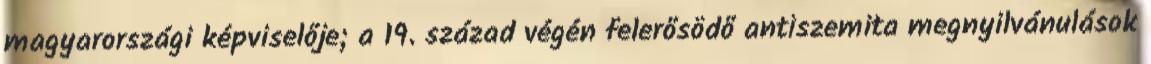
magyarországi képviselője; a 19. század végén felerősödő antiszemita megnyilvánulások